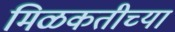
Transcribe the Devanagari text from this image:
मिळकतीच्या